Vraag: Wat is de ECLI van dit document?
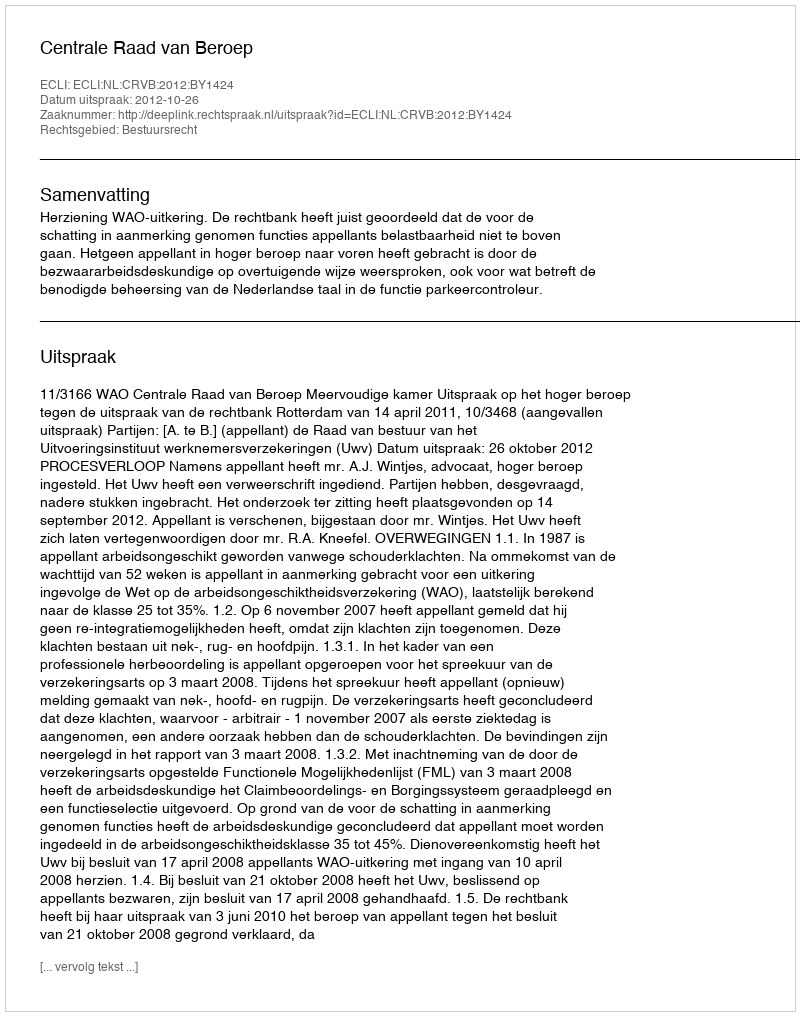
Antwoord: ECLI:NL:CRVB:2012:BY1424